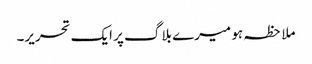
ملاحظہ ہو میرے بلاگ پر ایک تحریر۔